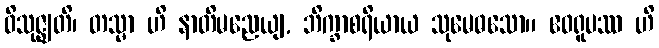
ဝိသုဇ္ဈတိ၊ တသ္မာ ဟိ နာတိမညေယျ, ဘိက္ခာစရိယာယ သုမေဓသော။ ဧဝရူပဿ ဟိ